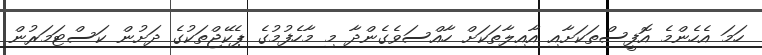
ހަމަ އެހެންމެ އޮފީސްތަކަށާއި އާއިލާތަކަށް ހާއްސަވެގެންދާ މި މާހެފުމުގެ ޕެކޭޖްތަކުގެ ދަށުން ކަސްޓަމަރުން